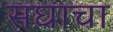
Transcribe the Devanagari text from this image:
सघाचा